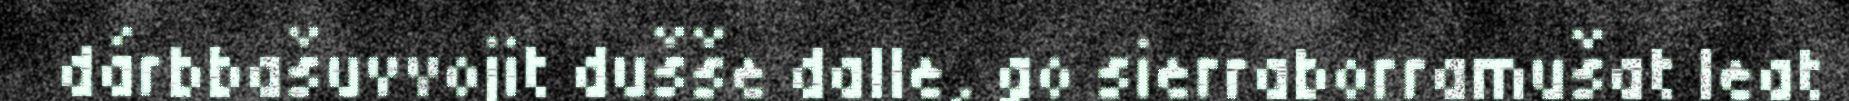
dárbbašuvvojit dušše dalle, go sierraborramušat leat